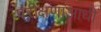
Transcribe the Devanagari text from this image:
परीक्षणाआधी